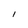
Character: l